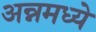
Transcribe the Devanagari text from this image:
अन्नमध्ये